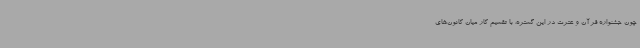
چون جشنواره قرآن و عترت در این گستره، با تقسیم کار میان کانون‌های